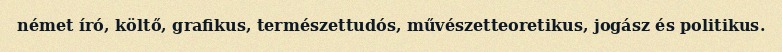
német író, költő, grafikus, természettudós, művészetteoretikus, jogász és politikus.